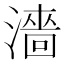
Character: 濇